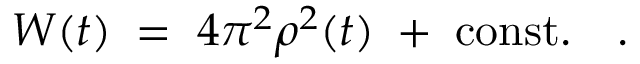
{ \cal W } ( t ) \; = \; 4 \pi ^ { 2 } \rho ^ { 2 } ( t ) \; + \; \mathrm { c o n s t . } ~ ~ ~ .